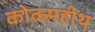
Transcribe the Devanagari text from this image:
कोक्सहीथ